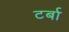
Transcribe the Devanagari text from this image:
टर्बा